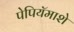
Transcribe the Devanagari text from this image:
पेपियॅमाशे